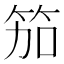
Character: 笳